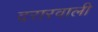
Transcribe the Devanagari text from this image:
दरारवाली